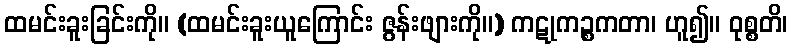
ထမင်းခူးခြင်းကို။ (ထမင်းခူးယူကြောင်း ဇွန်းဖျားကို။) ကဋုကဉ္စကတာ၊ ဟူ၍။ ဝုစ္စတိ၊